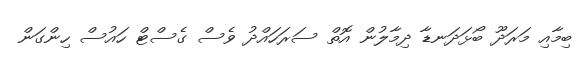
ބިމާއި މަރަދޫ ބޯޅަދަނޑާ ދިމާލުން އޮތް ސަރަހައްދު ވެސް ގެސްޓް ހައުސް ހިންގަން